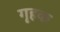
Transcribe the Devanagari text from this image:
गृहक